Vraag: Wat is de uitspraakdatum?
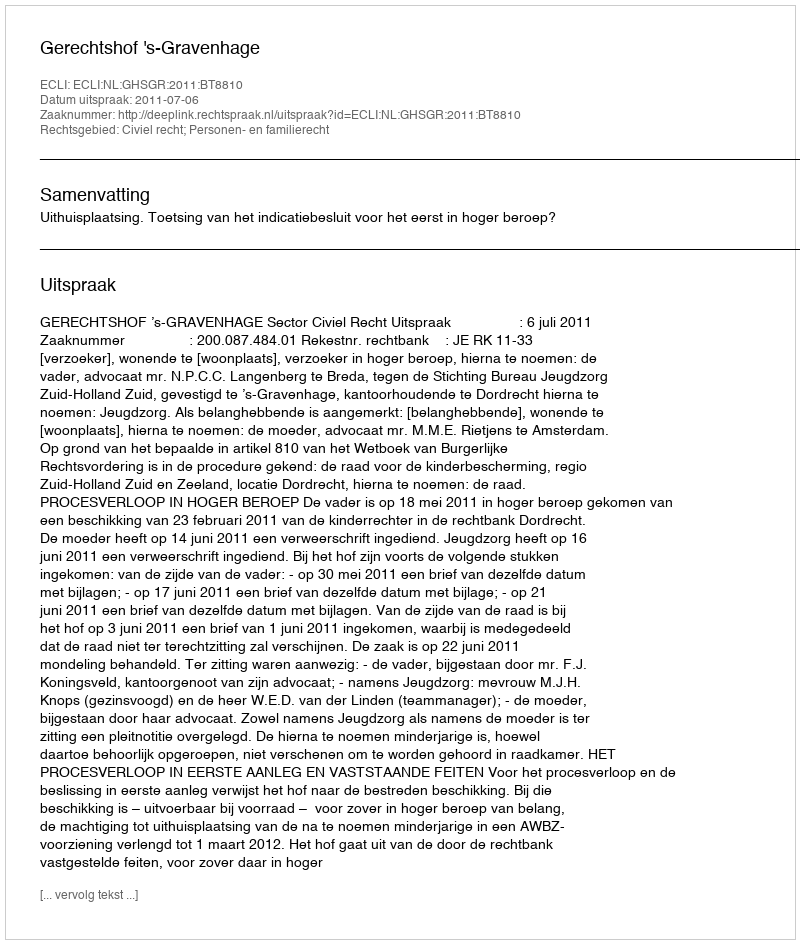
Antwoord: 2011-07-06